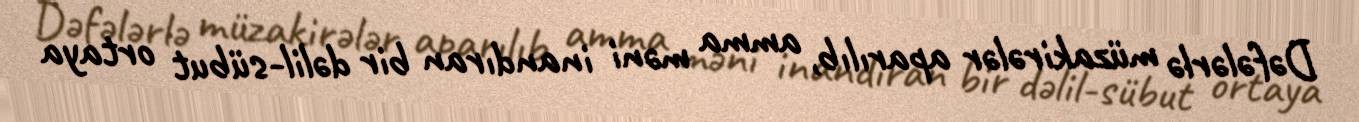
Dəfələrlə müzakirələr aparılıb, amma məni inandıran bir dəlil-sübut ortaya